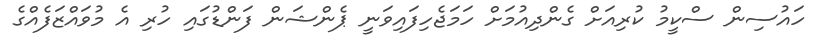
ހައުސިން ސްކީމު ކުރިއަށް ގެންދިއުމަށް ހަމަޖެހިފައިވަނީ ޕެންޝަން ފަންޑުގައި ހުރި އެ މުވައްޒަފެއްގެ